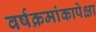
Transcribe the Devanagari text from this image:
वर्षक्रमांकापेक्षा